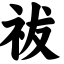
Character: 祓